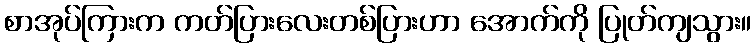
စာအုပ်ကြားက ကတ်ပြားလေးတစ်ပြားဟာ အောက်ကို ပြုတ်ကျသွား။